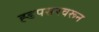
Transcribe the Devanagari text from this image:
ह्डपसरवरून